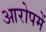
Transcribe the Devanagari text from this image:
आरोपमें